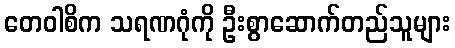
တေဝါစိက သရဏဂုံကို ဦးစွာဆောက်တည်သူများ